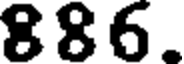
886.